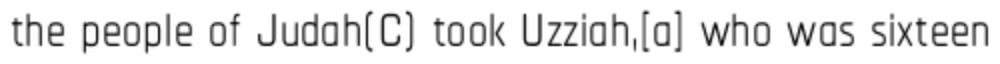
the people of Judah(C) took Uzziah,[a] who was sixteen